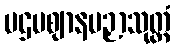
ပဌမဈာနပဉှာသုတ္တံ